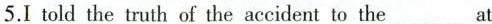
5.I told the truth of the accident to the___at